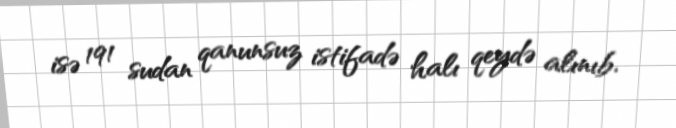
isə 191 sudan qanunsuz istifadə halı qeydə alınıb.